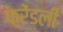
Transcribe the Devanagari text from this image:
फ़्रेंडली